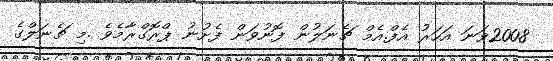
2008ވަނަ އަހަރު އެފް.އެމް ޗެނަލުން ފޮނުވަން ފެށުނު ޕްރޮގްރާމެވެ .މި ޗެނަލްގެ